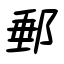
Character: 郵